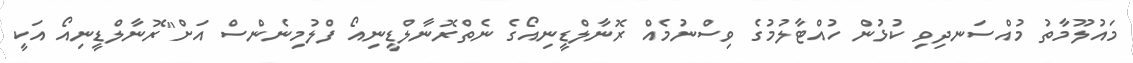
މައުލޫމާތު މުއްސަނދިވި ކުޅުން ހުއްޓާލުމުގެ ވިސްނުމެއް ރޮނާލްޑީނިއޯގެ ނެތްރޮނާލްޑީނިއޯ ފްލުމިނެންސް އަށް"ރޮނާލްޑީނިއޯ އަކީ